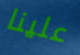
علينا